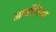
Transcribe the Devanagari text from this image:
आर्बोरिया